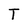
Character: T